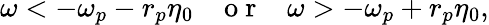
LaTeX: \omega<-\omega_{p}-r_{p}\eta_{0}\; \; \; \mathrm{~o~r~}\; \; \; \omega>-\omega_{p}+r_{p}\eta_{0},